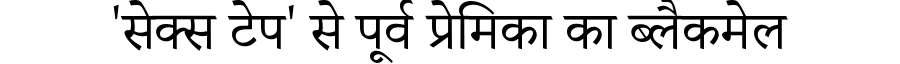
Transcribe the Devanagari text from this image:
'सेक्स टेप' से पूर्व प्रेमिका का ब्लैकमेल